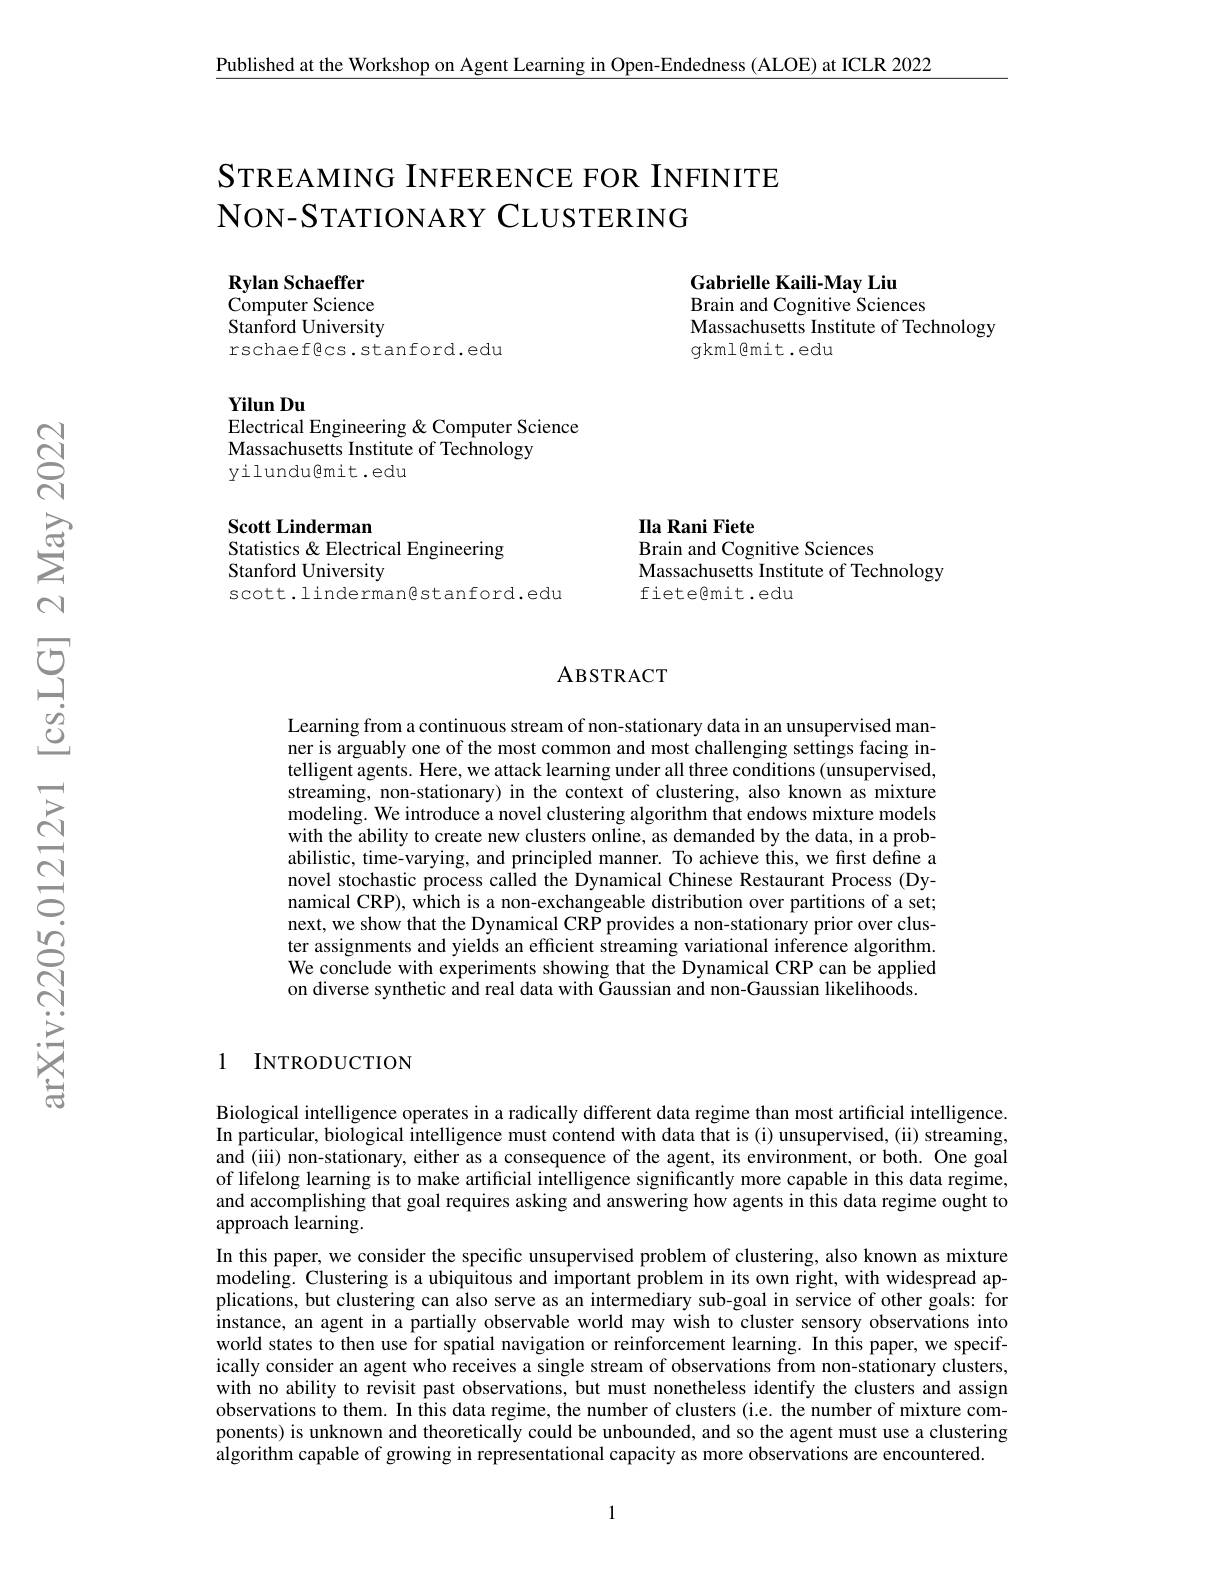
Published at the Workshop on Agent Learning in Open-Endedness (ALOE) at ICLR 2022

# SТREAMING INFERENCE FOR INFINITE NON-STATIONARY CLUSTERING

Gabrielle Kaili-May Liu
Brain and Cognitive Sciences
Massachusetts Institute of Technology
gkml@mit.edu

$\mathbf{Rylan}$ Schaeffer Computer Science Stanford University rschaefêcs.stanford.edu

Yilun Du
Electrical Engineering & Computer Science

Massachusetts Institute of Technology
yilundu@mit.edu

Ila Rani Fiete
Brain and Cognitive Sciences

Scott Linderman
Statistics & Electrical Engineering
Stanford University
scott.linderman@stanford.edu

Massachusetts Institute of Technology
fietegmit.edu

### ABSTRACT

Learning from a continuous stream of non-stationary data in an unsupervised manner is arguably one of the most common and most challenging settings facing intelligent agents. Here, we attack learning under all three conditions (unsupervised, streaming, non-stationary) in the context of clustering, also known as mixture modeling. We introduce a novel clustering algorithm that endows mixture models with the ability to create new clusters online, as demanded by the data, in a probabilistic, time-varying, and principled manner. To achieve this, we first define a novel stochastic process called the Dynamical Chinese Restaurant Process (Dynamical CRP), which is a non-exchangeable distribution over partitions of a set; next, we show that the Dynamical CRP provides a non-stationary prior over cluster assignments and yields an efficient streaming variational inference algorithm. We conclude with experiments showing that the Dynamical CRP can be applied on diverse synthetic and real data with Gaussian and non-Gaussian likelihoods

1 INTRODUCTION

Biological intelligence operates in a radically different data regime than most artificial intelligence. In particular, biological intelligence must contend with data that is (i) unsupervised, (ii) streaming, and (iii) non-stationary, either as a consequence of the agent, its environment, or both. One goal of lifelong learning is to make artificial intelligence significantly more capable in this data regime, and accomplishing that goal requires asking and answering how agents in this data regime ought to approach learning.
In this paper, we consider the specific unsupervised problem of clustering, also known as mixture modeling. Clustering is a ubiquitous and important problem in its own right, with widespread applications, but clustering can also serve as an intermediary sub-goal in service of other goals: for instance, an agent in a partially observable world may wish to cluster sensory observations into world states to then use for spatial navigation or reinforcement learning. In this paper, we specifically consider an agent who receives a single stream of observations from non-stationary clusters, with no ability to revisit past observations, but must nonetheless identify the clusters and assign observations to them. In this data regime, the number of clusters (i.e. the number of mixture components) is unknown and theoretically could be unbounded, and so the agent must use a clustering algorithm capable of growing in representational capacity as more observations are encountered.

1